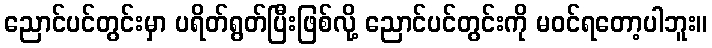
ညောင်ပင်တွင်းမှာ ပရိတ်ရွတ်ပြီးဖြစ်လို့ ညောင်ပင်တွင်းကို မဝင်ရတော့ပါဘူး။